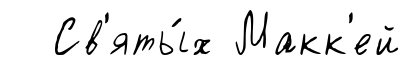
Св'яты́х Макк'ей